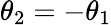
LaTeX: \theta_{2}=-\theta_{1}